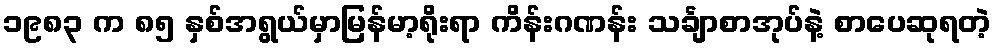
၁၉၈၃ က ၈၅ နှစ်အရွယ်မှာမြန်မာ့ရိုးရာ ကိန်းဂဏန်း သင်္ချာစာအုပ်နဲ့ စာပေဆုရတဲ့